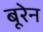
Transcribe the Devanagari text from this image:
बूरेन